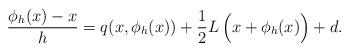
LaTeX: \begin{align*}\frac{\phi_h(x)-x}{h} = q(x,\phi_h(x)) + \frac12L\,\Bigl(x+\phi_h(x)\Bigr) + d.\end{align*}